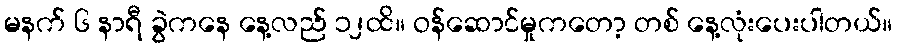
မနက် ၆ နာရီ ခွဲကနေ နေ့လည် ၁၂ထိ။ ဝန်ဆောင်မှုကတော့ တစ် နေ့လုံးပေးပါတယ်။